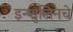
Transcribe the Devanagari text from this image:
इन्शुलिनचे